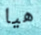
هيا